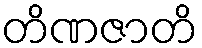
တိဏဇာတိ